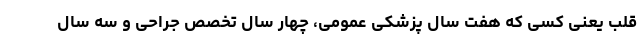
قلب یعنی کسی که هفت سال پزشکی عمومی، چهار سال تخصص جراحی و سه سال